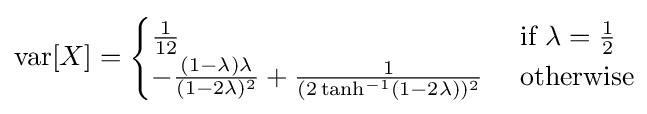
\operatorname {var} [X]={\begin{cases}{\frac {1}{12}}&{\text{ if }}\lambda ={\frac {1}{2}}\\-{\frac {(1-\lambda )\lambda }{(1-2\lambda )^{2}}}+{\frac {1}{(2\tanh ^{-1}(1-2\lambda ))^{2}}}&{\text{ otherwise}}\end{cases}}\!